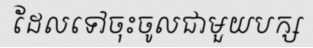
ដែលទៅចុះចូលជាមួយបក្ស